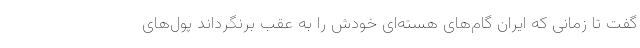
گفت تا زمانی که ایران گام‌های هسته‌ای خودش را به عقب برنگرداند پول‌های